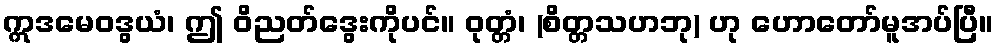
ဣဒမေဝဒွယံ၊ ဤ ဝိညတ်ဒွေးကိုပင်။ ဝုတ္တံ၊ (စိတ္တသဟဘု) ဟု ဟောတော်မူအပ်ပြီ။